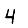
Digit: 4